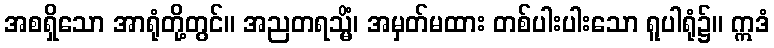
အစရှိသော အာရုံတို့တွင်။ အညတရသ္မိံ၊ အမှတ်မထား တစ်ပါးပါးသော ရူပါရုံ၌။ ဣဒံ